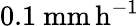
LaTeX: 0.1\ \mathrm{mm\, h^{-1}}